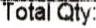
TOTAL QTY: